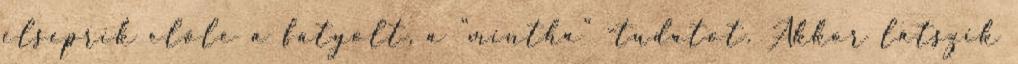
elseprik előle a fátyolt, a "mintha" -tudatot. Akkor látszik